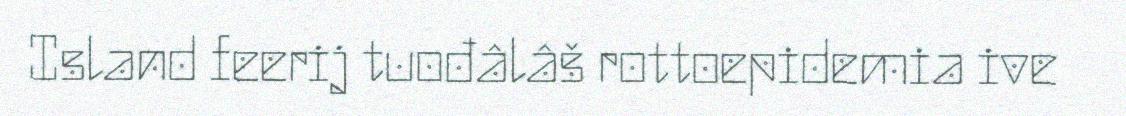
Island feerij tuođâlâš rottoepidemia ive